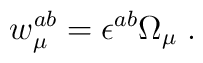
w_\mu^{ab} = \epsilon^{ab} \Omega_\mu\; .